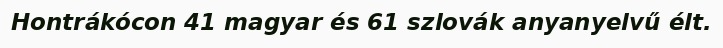
Hontrákócon 41 magyar és 61 szlovák anyanyelvű élt.